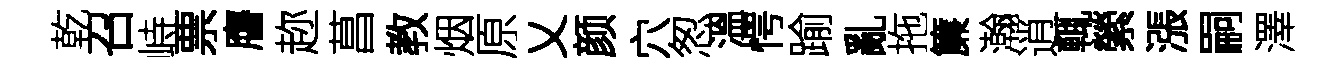
乾召峙票譍趂菖教烟原乂颜穴怱溫愕踰亂拖簾瀚逍輒縈漲嗣澤